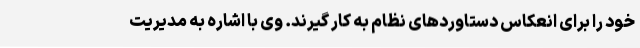
خود را برای انعکاس دستاوردهای نظام به کار گیرند. وی با اشاره به مدیریت